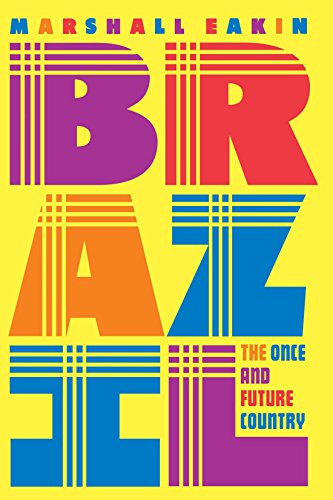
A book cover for Brazil: The Once and Future Country; Marshall C. Eakin; Travel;